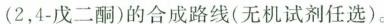
(2，4-戊二酮)的合成路线(无机试剂任选)。